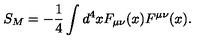
S _ { M } = - \frac { 1 } { 4 } \int d ^ { 4 } x F _ { \mu \nu } ( x ) F ^ { \mu \nu } ( x ) .